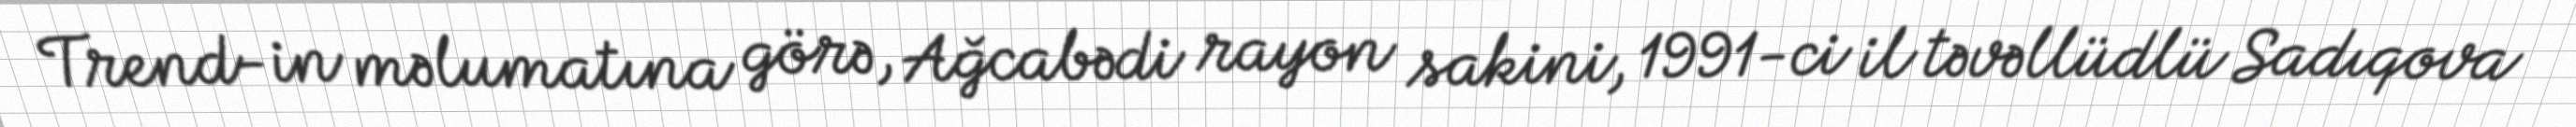
Trend-in məlumatına görə, Ağcabədi rayon sakini, 1991-ci il təvəllüdlü Sadıqova